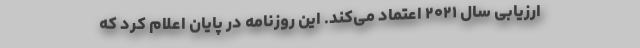
ارزیابی سال ۲۰۲۱ اعتماد می‌کند. این روزنامه در پایان اعلام کرد که